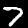
Digit: 7